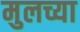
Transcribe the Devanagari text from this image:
मुलच्या